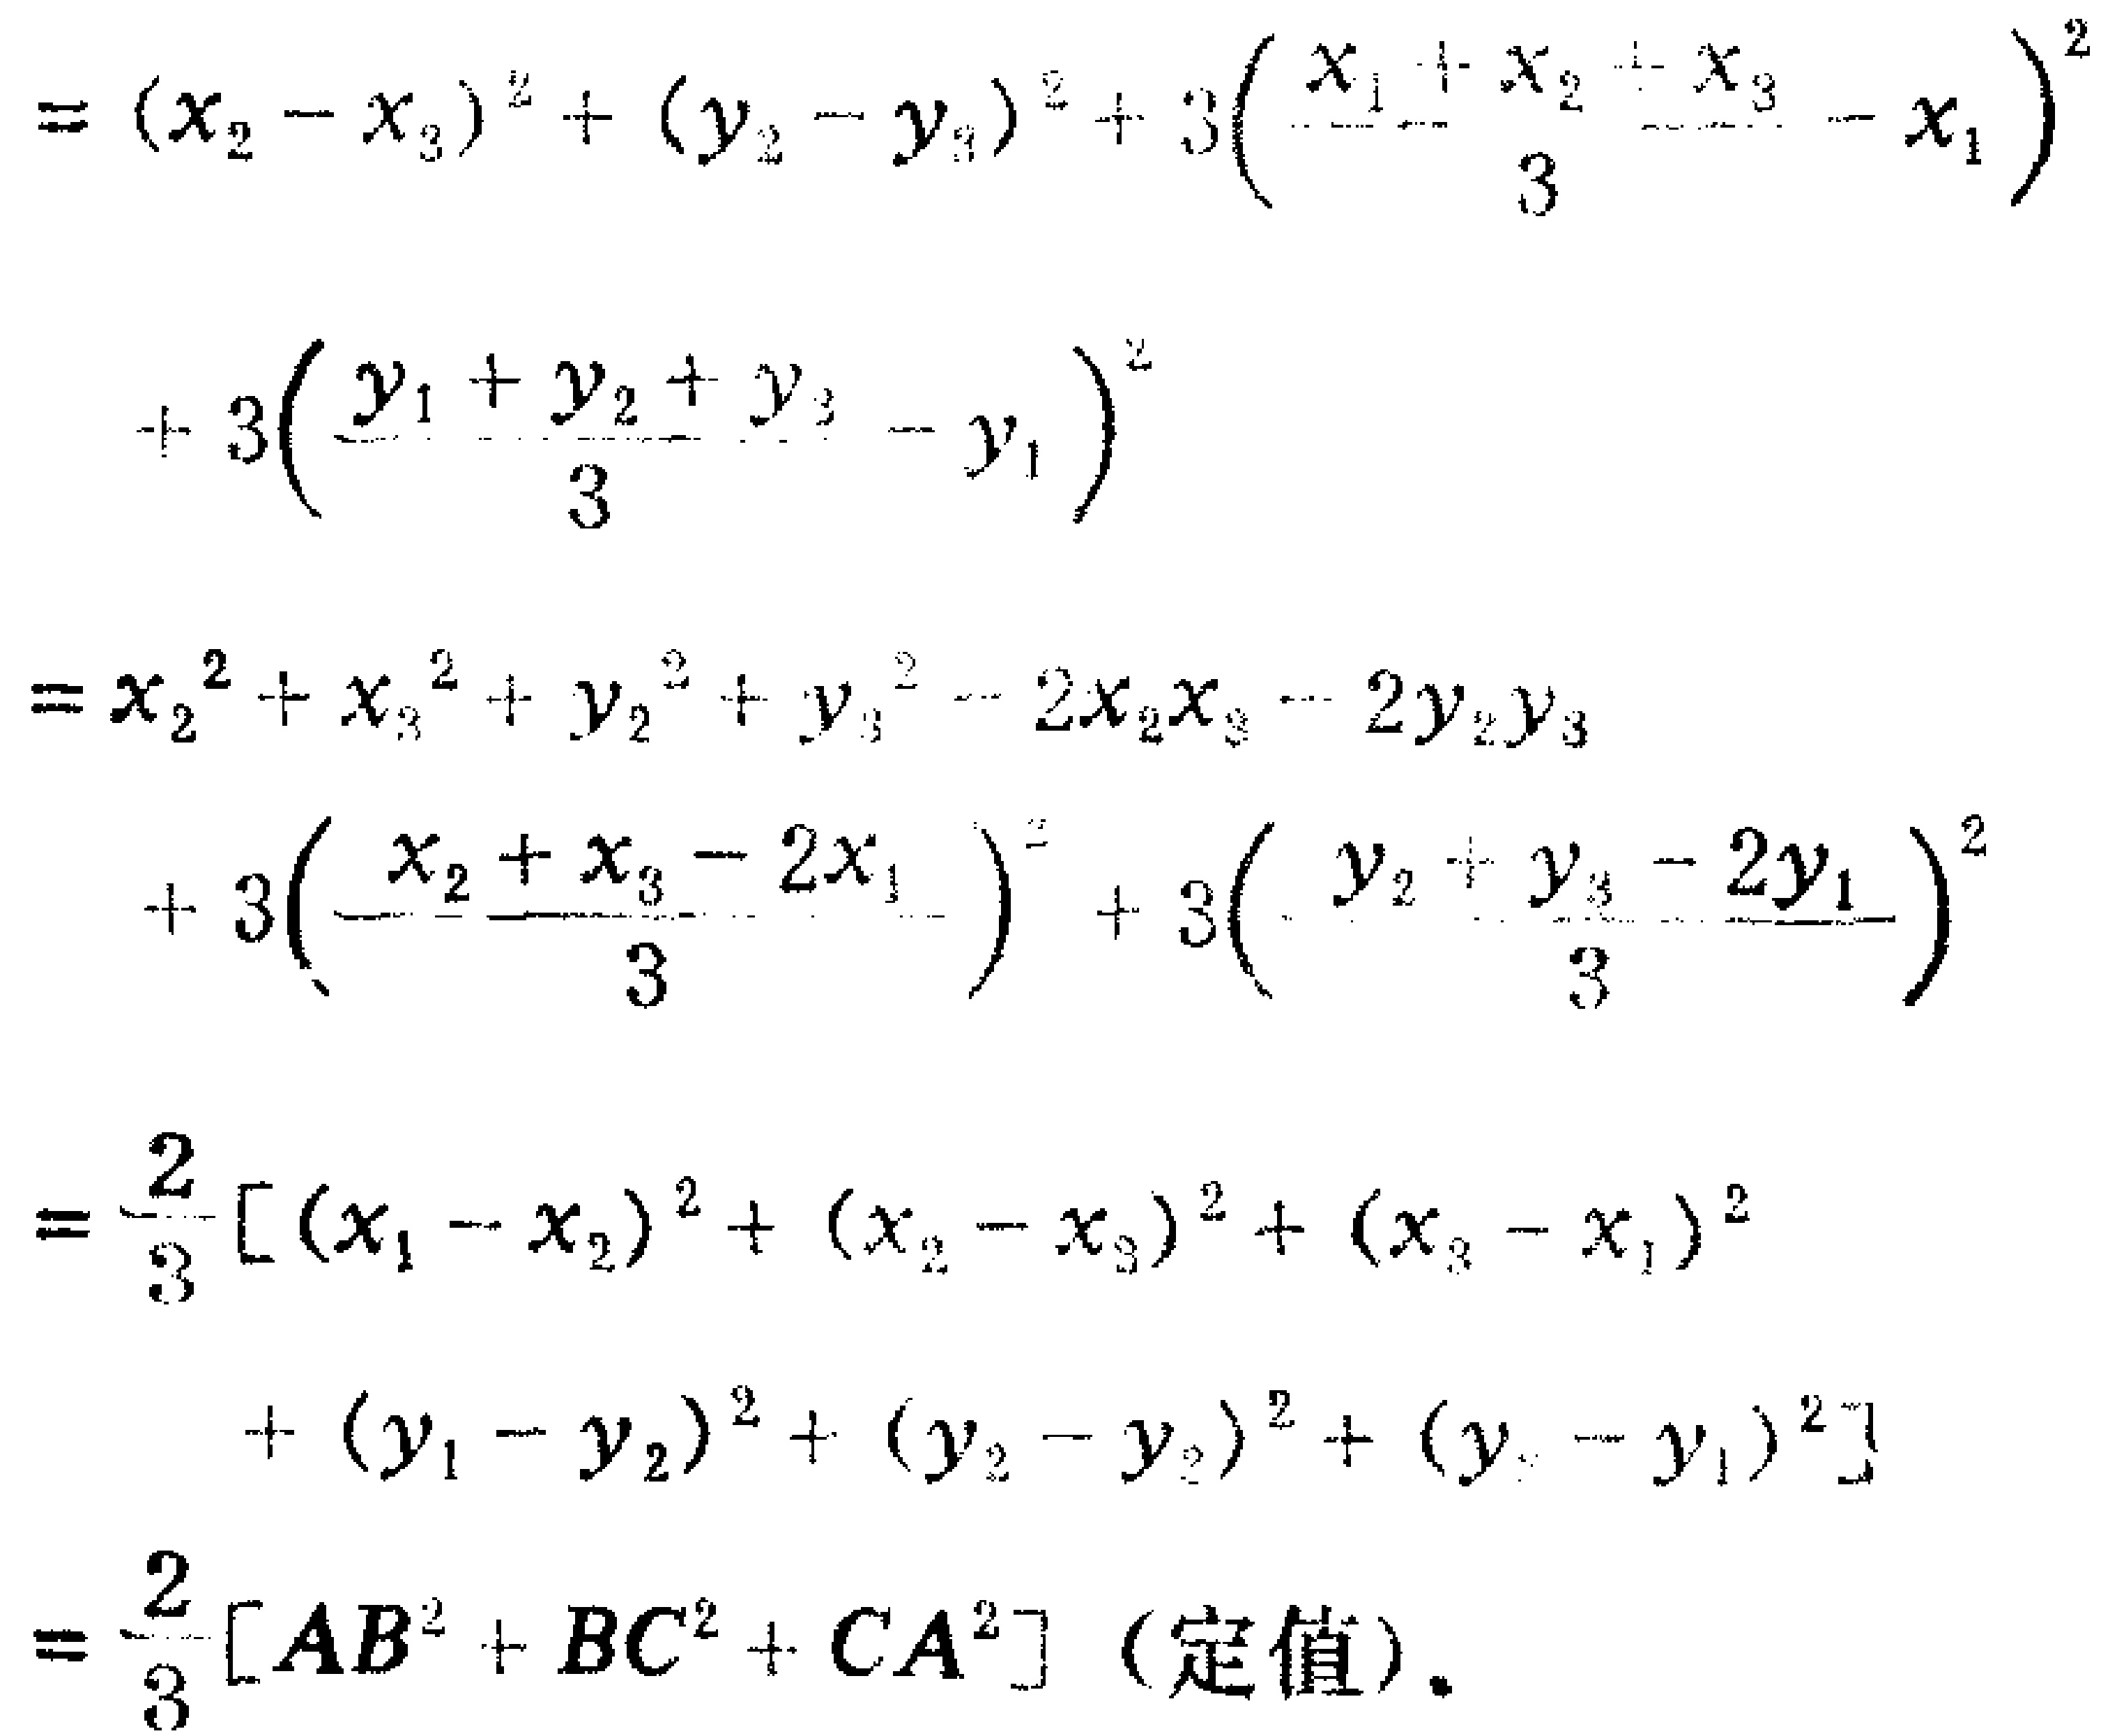
\[
\begin{align*}
&=(x_2 - x_3)^2+(y_2 - y_3)^2 + 3\left(\frac{x_1 + x_2 + x_3}{3}-x_1\right)^2\\
&+ 3\left(\frac{y_1 + y_2 + y_3}{3}-y_1\right)^2\\
&=x_2^2 + x_3^2 + y_2^2 + y_3^2-2x_2x_3 - 2y_2y_3\\
&+ 3\left(\frac{x_2 + x_3 - 2x_1}{3}\right)^2+ 3\left(\frac{y_2 + y_3 - 2y_1}{3}\right)^2\\
&=\frac{2}{3}[(x_1 - x_2)^2+(x_2 - x_3)^2+(x_3 - x_1)^2\\
&\quad+(y_1 - y_2)^2+(y_2 - y_3)^2+(y_3 - y_1)^2]\\
&=\frac{2}{3}[AB^2 + BC^2 + CA^2]\text{ (定值)}.
\end{align*}
\]